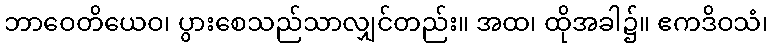
ဘာဝေတိယေဝ၊ ပွားစေသည်သာလျှင်တည်း။ အထ၊ ထိုအခါ၌။ ဧကဒိဝသံ၊